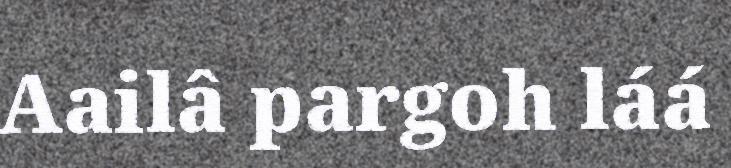
Aailâ pargoh láá